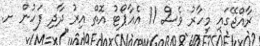
ރާއްޖޭގައި މިހާރު ވެސް 11 އެއާޕޯޓު އޮތް އިރު ދާދި ފަހުން ށ.